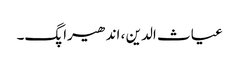
غیاث الدین ، اندھیرا پگ۔